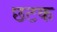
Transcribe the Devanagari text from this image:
छटक